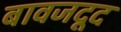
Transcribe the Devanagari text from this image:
बावजदूद